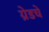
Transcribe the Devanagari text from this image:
ग्रेडचे